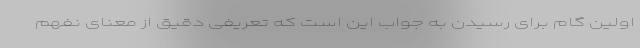
اولین گام برای رسیدن به جواب این است که تعریفی دقیق از معنای نفهم